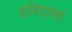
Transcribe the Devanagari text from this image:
हरिदासां